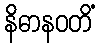
နိဓာနဝတိံ